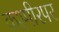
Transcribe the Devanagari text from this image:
कश्मीरपर